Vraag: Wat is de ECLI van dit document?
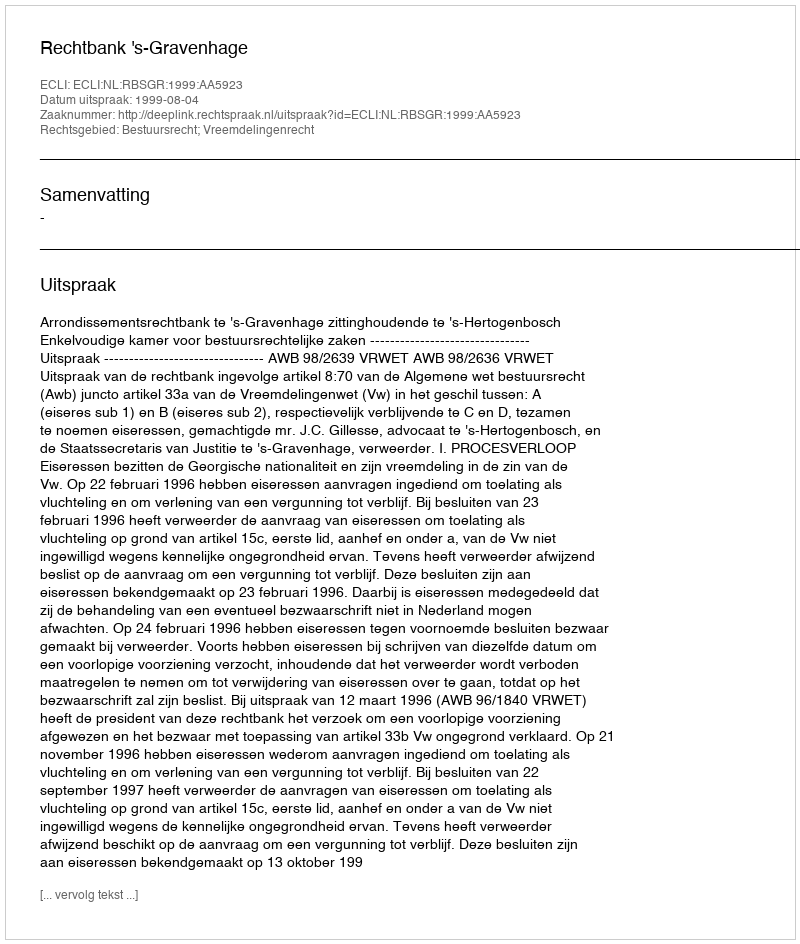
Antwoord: ECLI:NL:RBSGR:1999:AA5923